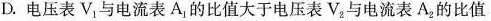
D.电压表V_{1}，与电流表A_{1}的比值大于电压表V_{2}，与电流表A_{2}的比值